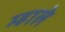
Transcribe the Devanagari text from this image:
म्हाले